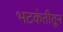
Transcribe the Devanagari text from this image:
भटकंतीतून